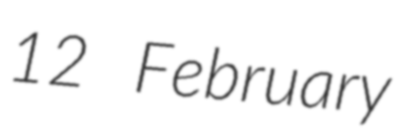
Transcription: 12 February